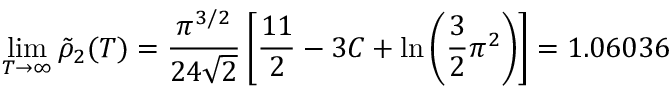
\operatorname* { l i m } _ { T \to \infty } \tilde { \rho } _ { 2 } ( T ) = \frac { \pi ^ { 3 / 2 } } { 2 4 \sqrt { 2 } } \left[ \frac { 1 1 } { 2 } - 3 C + \ln \left( \frac { 3 } { 2 } \pi ^ { 2 } \right) \right] = 1 . 0 6 0 3 6